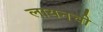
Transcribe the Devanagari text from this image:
लायनची